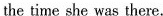
the time she was there.